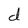
Character: d